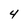
Character: 4